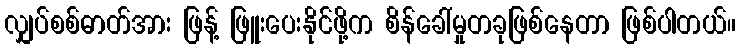
လျှပ်စစ်ဓာတ်အား ဖြန့် ဖြူးပေးနိုင်ဖို့က စိန်ခေါ်မှုတခုဖြစ်နေတာ ဖြစ်ပါတယ်။